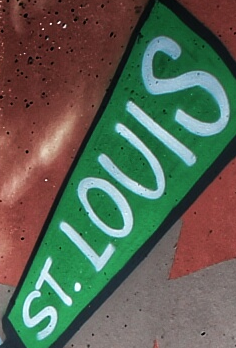
ST.LOUIS